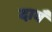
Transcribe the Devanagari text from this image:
दावँ